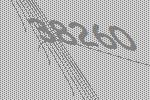
38260